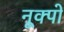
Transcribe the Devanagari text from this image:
नूक्पो